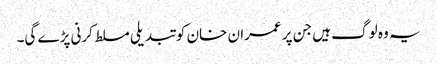
یہ وہ لوگ ہیں جن پر عمران خان کو تبدیلی مسلط کرنی پڑے گی۔